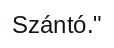
Szántó."